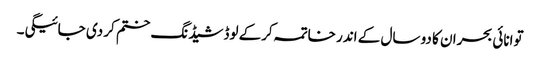
توانائی بحران کا دو سال کے اندر خاتمہ کرکے لوڈشیڈنگ ختم کر دی جائیگی۔